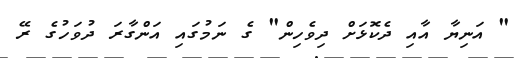
" އަނިޔާ އާއި ދެކޮޅަށް ދިވެހިން" ގެ ނަމުގައި އަންގާރަ ދުވަހުގެ ރޭ